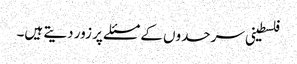
فلسطینی سرحدوں کے مسئلے پر زور دیتے ہیں۔